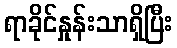
ရာခိုင်နှုန်းသာရှိပြီး